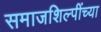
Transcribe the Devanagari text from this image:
समाजशिल्पींच्या